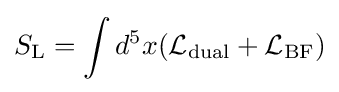
S_{\rm {L}}=\int d^{5}x({\cal {L}}_{\rm {dual}}+{\cal {L}}_{\rm {BF}})